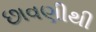
છાવણીથી